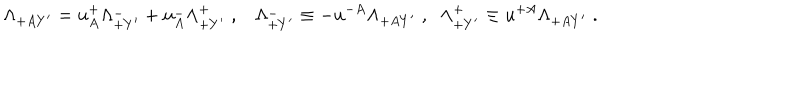
LaTeX: \Lambda _ { + A Y ^ { \prime } } = u _ { A } ^ { + } \Lambda _ { + Y ^ { \prime } } ^ { - } + u _ { A } ^ { - } \Lambda _ { + Y ^ { \prime } } ^ { + } \; , \Lambda _ { + Y ^ { \prime } } ^ { - } \equiv - u ^ { - A } \Lambda _ { + A Y ^ { \prime } } \; , \; \; \Lambda _ { + Y ^ { \prime } } ^ { + } \equiv u ^ { + A } \Lambda _ { + A Y ^ { \prime } } \; .